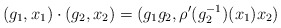
\begin{align*} (g_1,x_1) \cdot (g_2,x_2) = (g_1g_2,\rho'(g_2^{-1})(x_1)x_2)\end{align*}